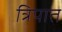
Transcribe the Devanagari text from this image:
त्रिपात